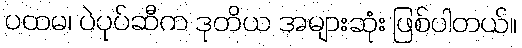
ပထမ၊ ပဲပုပ်ဆီက ဒုတိယ အများဆုံး ဖြစ်ပါတယ်။